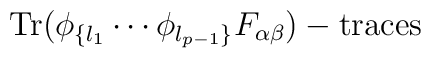
\hbox{Tr}(\phi_{\{l_1}\cdots\phi_{l_{p-1}\}}F_{\alpha\beta})-\hbox{traces}